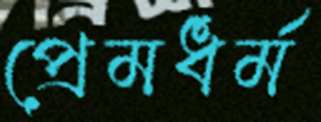
প্রেমধর্ম